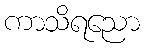
ကာသိရညော